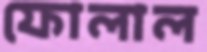
ফোলাল